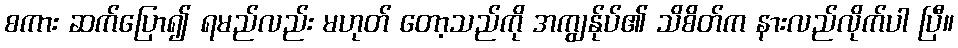
စကား ဆက်ပြော၍ ရမည်လည်း မဟုတ် တော့သည်ကို အကျွန်ုပ်၏ သိစိတ်က နားလည်လိုက်ပါ ပြီ။